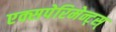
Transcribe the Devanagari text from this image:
एक्सपेरिमेन्ट्‌स्